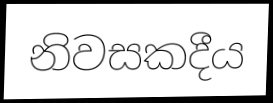
නිවසකදීය